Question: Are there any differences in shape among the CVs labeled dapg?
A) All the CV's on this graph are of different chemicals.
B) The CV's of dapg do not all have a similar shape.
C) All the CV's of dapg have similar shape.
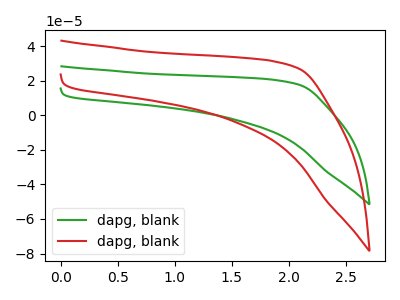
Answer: <think>The green curve "dapg, blank1" has no peaks. The red curve "dapg, blank2" has no peaks.
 Neither "dapg, blank1" or "dapg, blank2" have any peaks.</think>
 <answer>C) All the CV's of "dapg" have similar shape.</answer>
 <eval>C</eval>